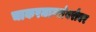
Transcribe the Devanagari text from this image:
चाकरमान्यांबरोबर